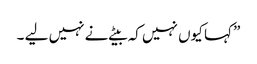
” کہا کیوں نہیں کہ بیٹے نے نہیں لیے ۔